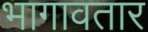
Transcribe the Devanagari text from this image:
भागावतार